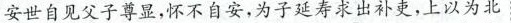
安世自见父子尊显，怀不自安，为子延寿求出补吏，上以为北